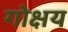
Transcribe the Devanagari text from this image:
गोक्षय